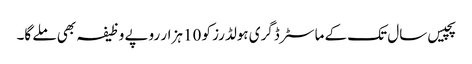
پچیس سال تک کے ماسٹر ڈگری ہولڈرز کو 10 ہزار روپے وظیفہ بھی ملے گا۔